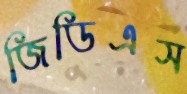
জিডিএস